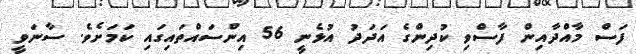
ފަސް މާއްދާއިން ފާސްވި ކުދިންގެ އަދަދު އުޅެނީ 56 އިންސައްތައިގައި ކަމަށެެވެ. ސާނަވީ